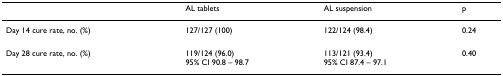
<table><thead><tr><td></td><td><b>AL tablets</b></td><td><b>AL suspension</b></td><td><b>p</b></td></tr></thead><tbody><tr><td>Day 14 cure rate, no. (%)</td><td>127/127 (100)</td><td>122/124 (98.4)</td><td>0.24</td></tr><tr><td>Day 28 cure rate, no. (%)</td><td>119/124 (96.0)95% CI 90.8 – 98.7</td><td>113/121 (93.4)95% CI 87.4 – 97.1</td><td>0.40</td></tr></tbody></table>